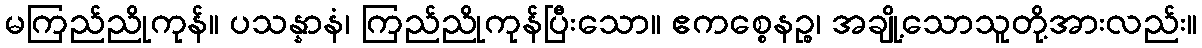
မကြည်ညိုကုန်။ ပသန္နာနံ၊ ကြည်ညိုကုန်ပြီးသော။ ဧကစ္စေနဉ္စ၊ အချို့သောသူတို့အားလည်း။